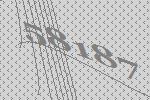
58187